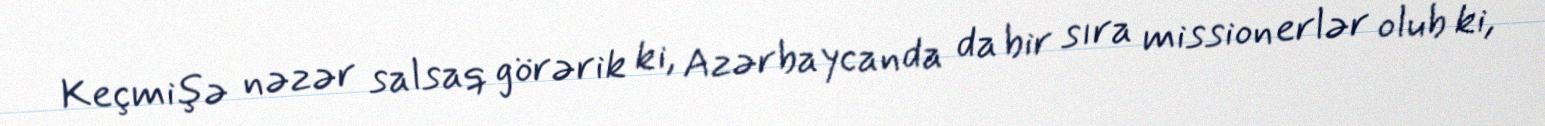
Keçmişə nəzər salsaq görərik ki, Azərbaycanda da bir sıra missionerlər olub ki,